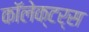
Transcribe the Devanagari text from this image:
कॉलेक्टर्स